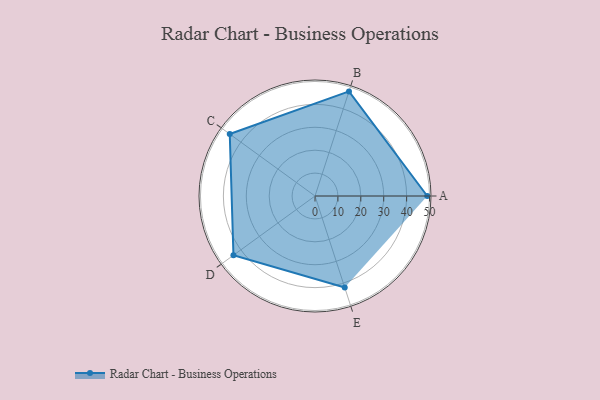
{"axis": {"x": "Skill", "y": "Score"}, "legend": ["Profile"], "data": [{"x": "A", "y": 49.0, "type": "Profile"}, {"x": "B", "y": 48.0, "type": "Profile"}, {"x": "C", "y": 46.0, "type": "Profile"}, {"x": "D", "y": 44.0, "type": "Profile"}, {"x": "E", "y": 42.0, "type": "Profile"}]}